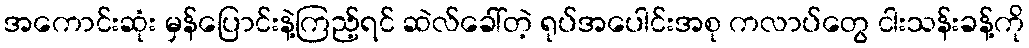
အကောင်းဆုံး မှန်ပြောင်းနဲ့ကြည့်ရင် ဆဲလ်ခေါ်တဲ့ ရုပ်အပေါင်းအစု ကလာပ်တွေ ငါးသန်းခန့်ကို